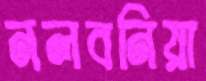
নলবনিয়া